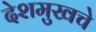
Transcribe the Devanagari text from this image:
देशमुखचे